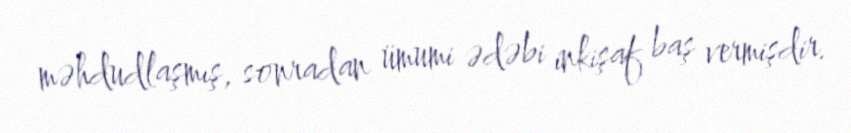
məhdudlaşmış, sonradan ümumi ədəbi inkişaf baş vermişdir.